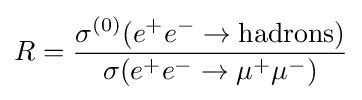
R={\frac {\sigma ^{(0)}(e^{+}e^{-}\rightarrow \mathrm {hadrons} )}{\sigma (e^{+}e^{-}\rightarrow \mu ^{+}\mu ^{-})}}